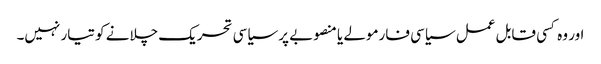
اور وہ کسی قابل عمل سیاسی فارمولے یا منصوبے پر سیاسی تحریک چلانے کو تیار نہیں۔